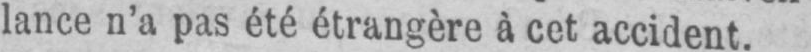
lance n’a pas été étrangère à cet accident.